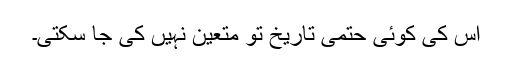
اِس کی کوئی حتمی تاریخ تو متعین نہیں کی جا سکتی۔